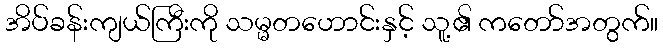
အိပ်ခန်းကျယ်ကြီးကို သမ္မတဟောင်းနှင့် သူ့၏ ကတော်အတွက်။